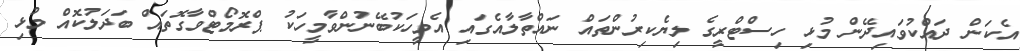
އެކަން ދައްކުވައިދޭން މުޅި ހިސްޓްރީގެ ލިޔެކިރުންތައް ނައްތާލާއެގައި އެމީހަކުބޭނުންވާމީހަކު ޕްރޮމޯޓްވާގޮތައް ބަދަލުކޮއް މުޅި